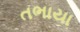
તભાયા